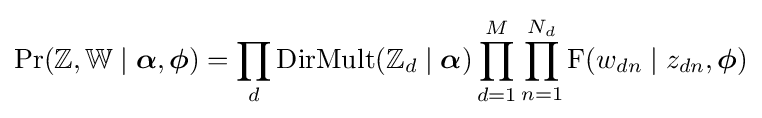
\Pr(\mathbb {Z} ,\mathbb {W} \mid {\boldsymbol {\alpha }},{\boldsymbol {\phi }})=\prod _{d}\operatorname {DirMult} (\mathbb {Z} _{d}\mid {\boldsymbol {\alpha }})\prod _{d=1}^{M}\prod _{n=1}^{N_{d}}\operatorname {F} (w_{dn}\mid z_{dn},{\boldsymbol {\phi }})